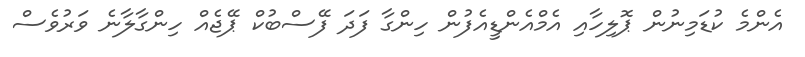
އެންމެ ކުޑަމިނުން ޕޮލިހާއި އެމްއެންޑީއެފުން ހިންގާ ފަދަ ފޭސްބުކް ޕޭޖެއް ހިންގާލާނެ ވަރުވެސް